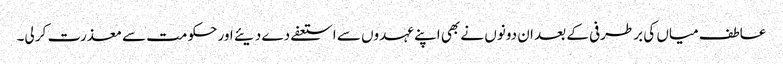
عاطف میاں کی برطرفی کے بعد ان دونوں نے بھی اپنے عہدوں سے استعفے دے دیئے اور حکومت سے معذرت کر لی۔